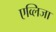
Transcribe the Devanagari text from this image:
एव्लिजा